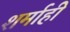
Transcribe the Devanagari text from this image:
शर्माही